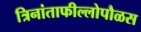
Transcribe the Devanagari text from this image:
त्रिनांताफील्लोपौळस